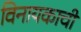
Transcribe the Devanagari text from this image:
विनायकाची